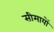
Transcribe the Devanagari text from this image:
सीमायों